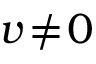
v \! \neq \! 0